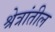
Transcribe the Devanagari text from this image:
श्रेत्रांतील